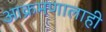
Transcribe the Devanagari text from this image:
आक्रमणालाही